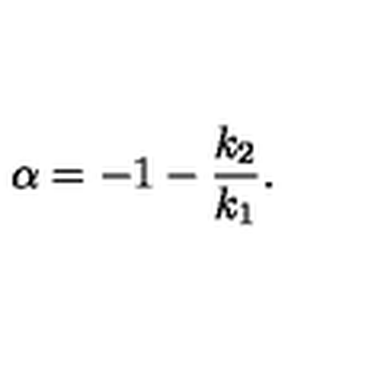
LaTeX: \alpha = - 1 - \frac { k _ { 2 } } { k _ { 1 } } .